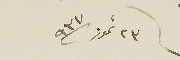
٢٣ تموز سنة / ٩٣٧